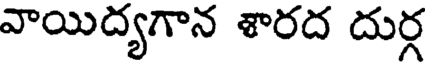
వాయిద్యగాన శారద దుర్గ